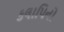
કલાપિનો